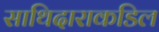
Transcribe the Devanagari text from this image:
साथिदाराकडिल